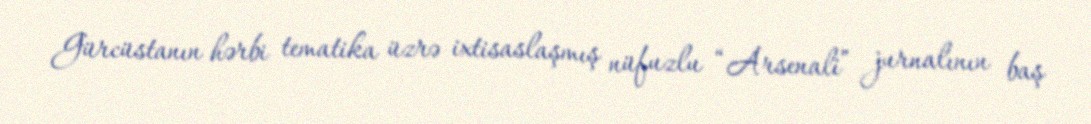
Gürcüstanın hərbi tematika üzrə ixtisaslaşmış nüfuzlu “Arsenali” jurnalının baş